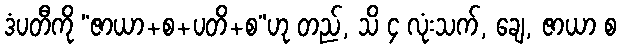
ဒံပတီကို “ဇာယာ+စ+ပတိ+စ”ဟု တည်, သိ ၄ လုံးသက်, ချေ, ဇာယာ စ